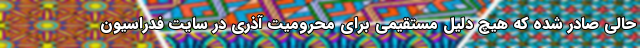
حالی صادر شده که هیچ دلیل مستقیمی برای محرومیت آذری در سایت فدراسیون